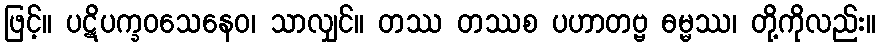
ဖြင့်။ ပဋိပက္ခဝသေနေဝ၊ သာလျှင်။ တဿ တဿစ ပဟာတဗ္ဗ ဓမ္မဿ၊ တို့ကိုလည်း။